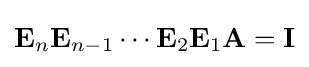
\mathbf {E} _{n}\mathbf {E} _{n-1}\cdots \mathbf {E} _{2}\mathbf {E} _{1}\mathbf {A} =\mathbf {I}